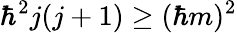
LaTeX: \hbar^{2}j(j+1)\geq(\hbar m)^{2}